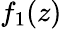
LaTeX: f_{1}(z)